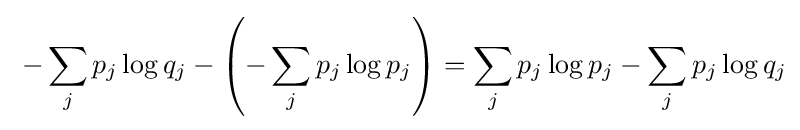
\;-\sum _{j}p_{j}\log q_{j}-\left(-\sum _{j}p_{j}\log p_{j}\right)=\sum _{j}p_{j}\log p_{j}-\sum _{j}p_{j}\log q_{j}